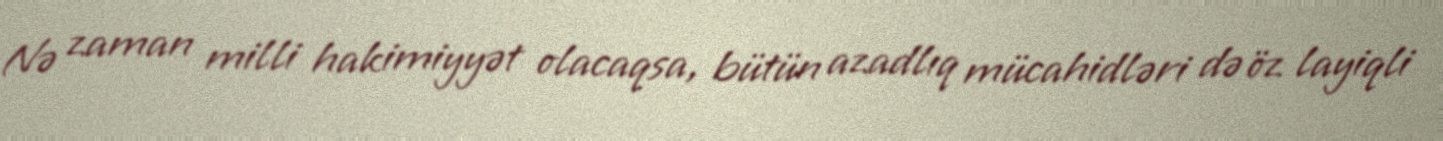
Nə zaman milli hakimiyyət olacaqsa, bütün azadlıq mücahidləri də öz layiqli